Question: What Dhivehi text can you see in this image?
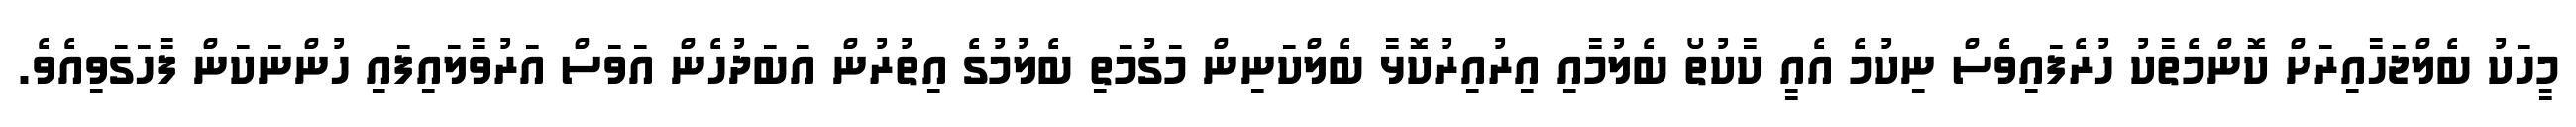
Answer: މީހަކު ބެލްޖަހާއިރަށް ކޮންމެތާކު ހުރެފައިވެސް ނިކުމެ އެއީ ކާކުތޯ ބެލުމާއި އިރުއިރުކޮޅާ ބެލްކަނިން މަގުމަތި ބެލުމުގެ އިތުރުން އަބަދުހެން އަވަސް އަރުވާލައިފައި ހުންނަކަން ފާހަގަވިއެވެ.